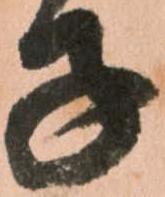
子